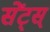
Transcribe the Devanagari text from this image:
सेंट्स्